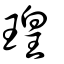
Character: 瑝